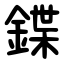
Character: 鍱